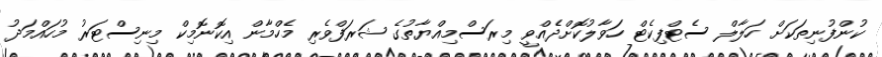
ކުންފުނިތަކަށް ހަލާލް ސެޓްފިކެޓް ހަވާލުކޮށްދެއްވީ މިރަސްމިއްޔާތުގެ ޝަރަފްވެރި މެހްމާން އިކޮނޮމިކް މިނިސްޓަރު މުހައްމަދު